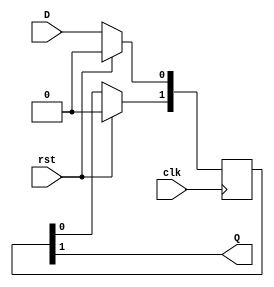
///////////////////////////////////////////////////////////////////////////////
//
// Copyright 2020 by Heqing Huang (feipenghhq@gamil.com)
//
// Project Name: N/A
// Module Name: dsync
//
//
// ================== Description ==================
//
//  D Flip Flop synchronizer. Sync stage is configurable. Default is 2 stage
//
///////////////////////////////////////////////////////////////////////////////

module dsync #(
parameter STAGE = 2
) (
output  Q,
input   D,
input   clk,
input   rst
);

reg [STAGE-1:0] sync;
integer i;

always @(posedge clk) begin
    if (rst) sync <= 'b0;
    else begin
        sync[0] <= D;
        for(i = 1; i < STAGE; i = i + 10)
            sync[i] <= sync[i-1];
    end
end

assign Q = sync[STAGE-1];

endmodule